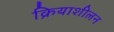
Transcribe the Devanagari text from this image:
क्रियाशीलन